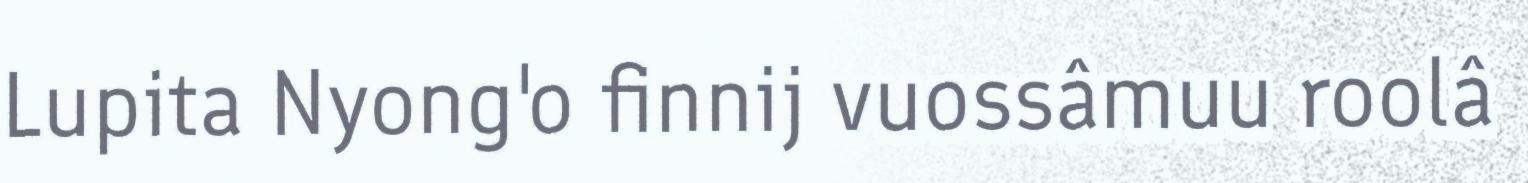
Lupita Nyong'o finnij vuossâmuu roolâ